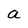
Character: a